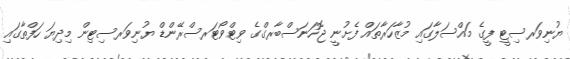
ޔުނިވަރސިޓީ ފީގެ މައްސަލާގައި މުޒާހަރާތައް ފެށުނީ ޖޮހަނަސްބާރގްގެ ވިޓްވޯޓަރސްރޭންޑް ޔުނިވަރސިޓިން މިދިޔަ ހަފްތާގައި